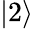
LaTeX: \left|2\right>